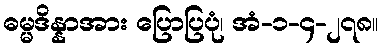
ဓမ္မဒိန္နာအား ပြောပြပုံ၊ အံ-၁-၄-၂၇၈။